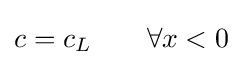
c=c_{L}\qquad \forall x<0